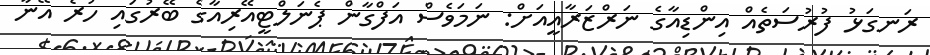
ރަނގަޅު ފުރުސަތެއް އިންޑިއާގެ ނަރްޒަރާއީއަށް: ނަމަވެސް އަފްގާން ޕެނަލްޓީއޭރިއާގެ ބޭރުގައި ހުރެ އޭނާ